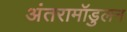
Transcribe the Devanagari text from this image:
अंतरामॉडुलन